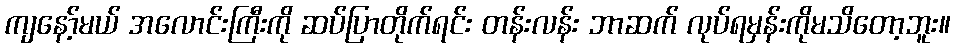
ကျနော့်မယ် အလောင်းကြီးကို ဆပ်ပြာတိုက်ရင်း တန်းလန်း ဘာဆက် လုပ်ရမှန်းကိုမသိတော့ဘူး။